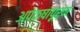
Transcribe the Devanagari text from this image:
अपेक्षापूर्ण